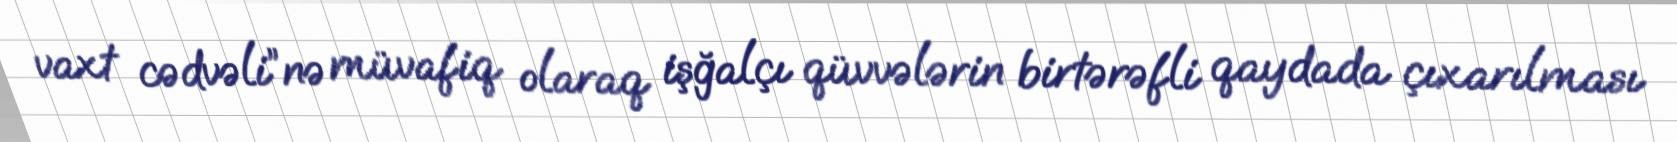
vaxt cədvəli”nə müvafiq olaraq işğalçı qüvvələrin birtərəfli qaydada çıxarılması